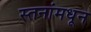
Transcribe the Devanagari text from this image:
स्तनांमधून